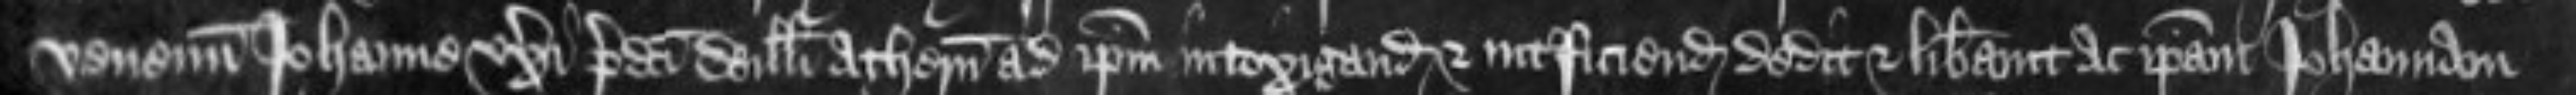
venenum Johanne uxori predicti Willelmi Athern ad ipsum intoxigandam et interficiendam dedit et liberavit ac ipsam Johannam